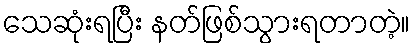
သေဆုံးရပြီး နတ်ဖြစ်သွားရတာတဲ့။